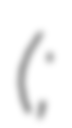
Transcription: (;